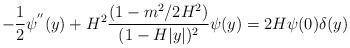
LaTeX: \begin{align*}-\frac{1}{2}\psi^{''}(y)+H^2\frac{(1-m^2/2H^2)}{(1-H|y|)^2}\psi(y)=2H\psi(0)\delta(y)\end{align*}